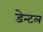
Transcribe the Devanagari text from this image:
डेन्टल